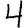
Digit: 4